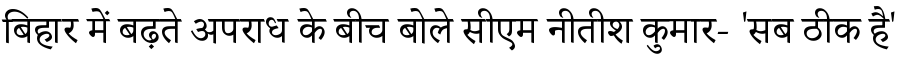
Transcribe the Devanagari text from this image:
बिहार में बढ़ते अपराध के बीच बोले सीएम नीतीश कुमार- 'सब ठीक है'